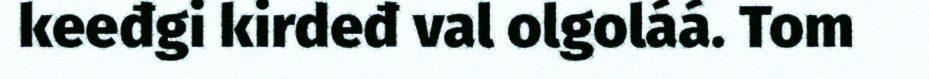
keeđgi kirdeđ val olgoláá. Tom